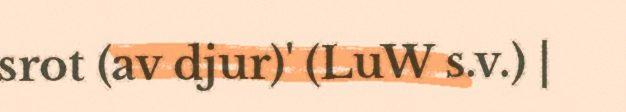
srot (av djur)' (LuW s.v.) |